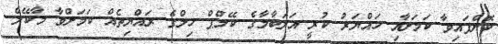
ކޮށްފައިވާ ކަމަށާއި ހައްޔަރު ކުރީ އަލަބާމާގެ ކޭމްޕް ހިލްގެ ރައްޔިތެއް ކަމަށްވާ މާކޭލް